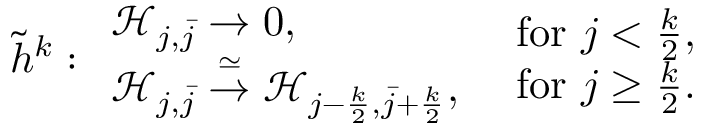
\tilde { h } ^ { k } : \begin{array} { l } { \mathcal { H } _ { j , \bar { j } } \to 0 , } \\ { \mathcal { H } _ { j , \bar { j } } \overset { \simeq } { \to } \mathcal { H } _ { j - \frac { k } { 2 } , \bar { j } + \frac { k } { 2 } } , } \end{array} \begin{array} { l } { \mathrm { ~ f o r ~ } j < \frac { k } { 2 } , } \\ { \mathrm { ~ f o r ~ } j \geq \frac { k } { 2 } . } \end{array}